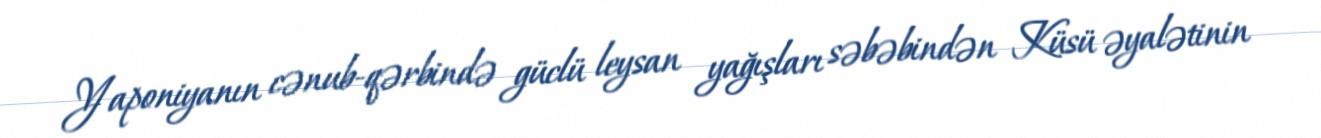
Yaponiyanın cənub-qərbində güclü leysan yağışları səbəbindən Küsü əyalətinin